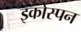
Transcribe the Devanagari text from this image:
इकोस्पन